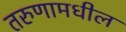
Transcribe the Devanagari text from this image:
तरुणामधील